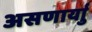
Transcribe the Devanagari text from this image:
असणार्याु